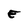
Character: E